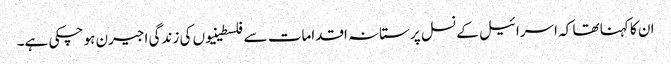
ان کا کہنا تھا کہ اسرائیل کے نسل پرستانہ اقدامات سے فلسطینیوں کی زندگی اجیرن ہو چکی ہے۔